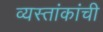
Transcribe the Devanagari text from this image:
व्यस्तांकांची